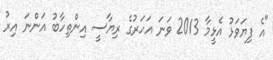
"އެ ފިޔަވަޅު އެޅީމާ 2013 ވަނަ އަހަރުގެ ރިޔާސީ އިންތިހާބު އަންނަ އިރު